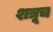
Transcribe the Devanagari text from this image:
शत्रूच